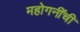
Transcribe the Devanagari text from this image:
महोगनींची